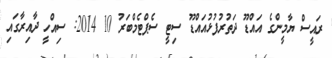
ރައީސް ޔާމީންގެ އައްޑޫ ދަތުރުފުޅުއައްޑޫ ސިޓީ ސެޕްޓެމްބަރު 10 2014: ސިއްހީ ދާއިރާގައި